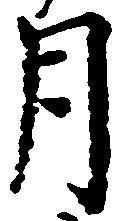
月